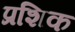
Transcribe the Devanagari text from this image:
प्रशिक